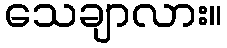
သေချာလား။